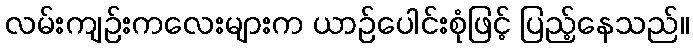
လမ်းကျဉ်းကလေးများက ယာဉ်ပေါင်းစုံဖြင့် ပြည့်နေသည်။